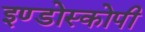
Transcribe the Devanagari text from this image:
इण्डोस्कोपी